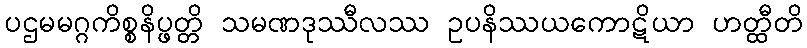
ပဌမမဂ္ဂကိစ္စနိပ္ဖတ္တိ သမဏဒုဿီလဿ ဥပနိဿယကောဋိယာ ဟတ္ထီတိ